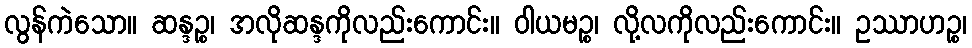
လွန်ကဲသော။ ဆန္ဒဉ္စ၊ အလိုဆန္ဒကိုလည်းကောင်း။ ဝါယမဉ္စ၊ လို့လကိုလည်းကောင်း။ ဥဿာဟဉ္စ၊